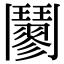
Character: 䰘